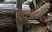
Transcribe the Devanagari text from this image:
पोंतचरटरायण